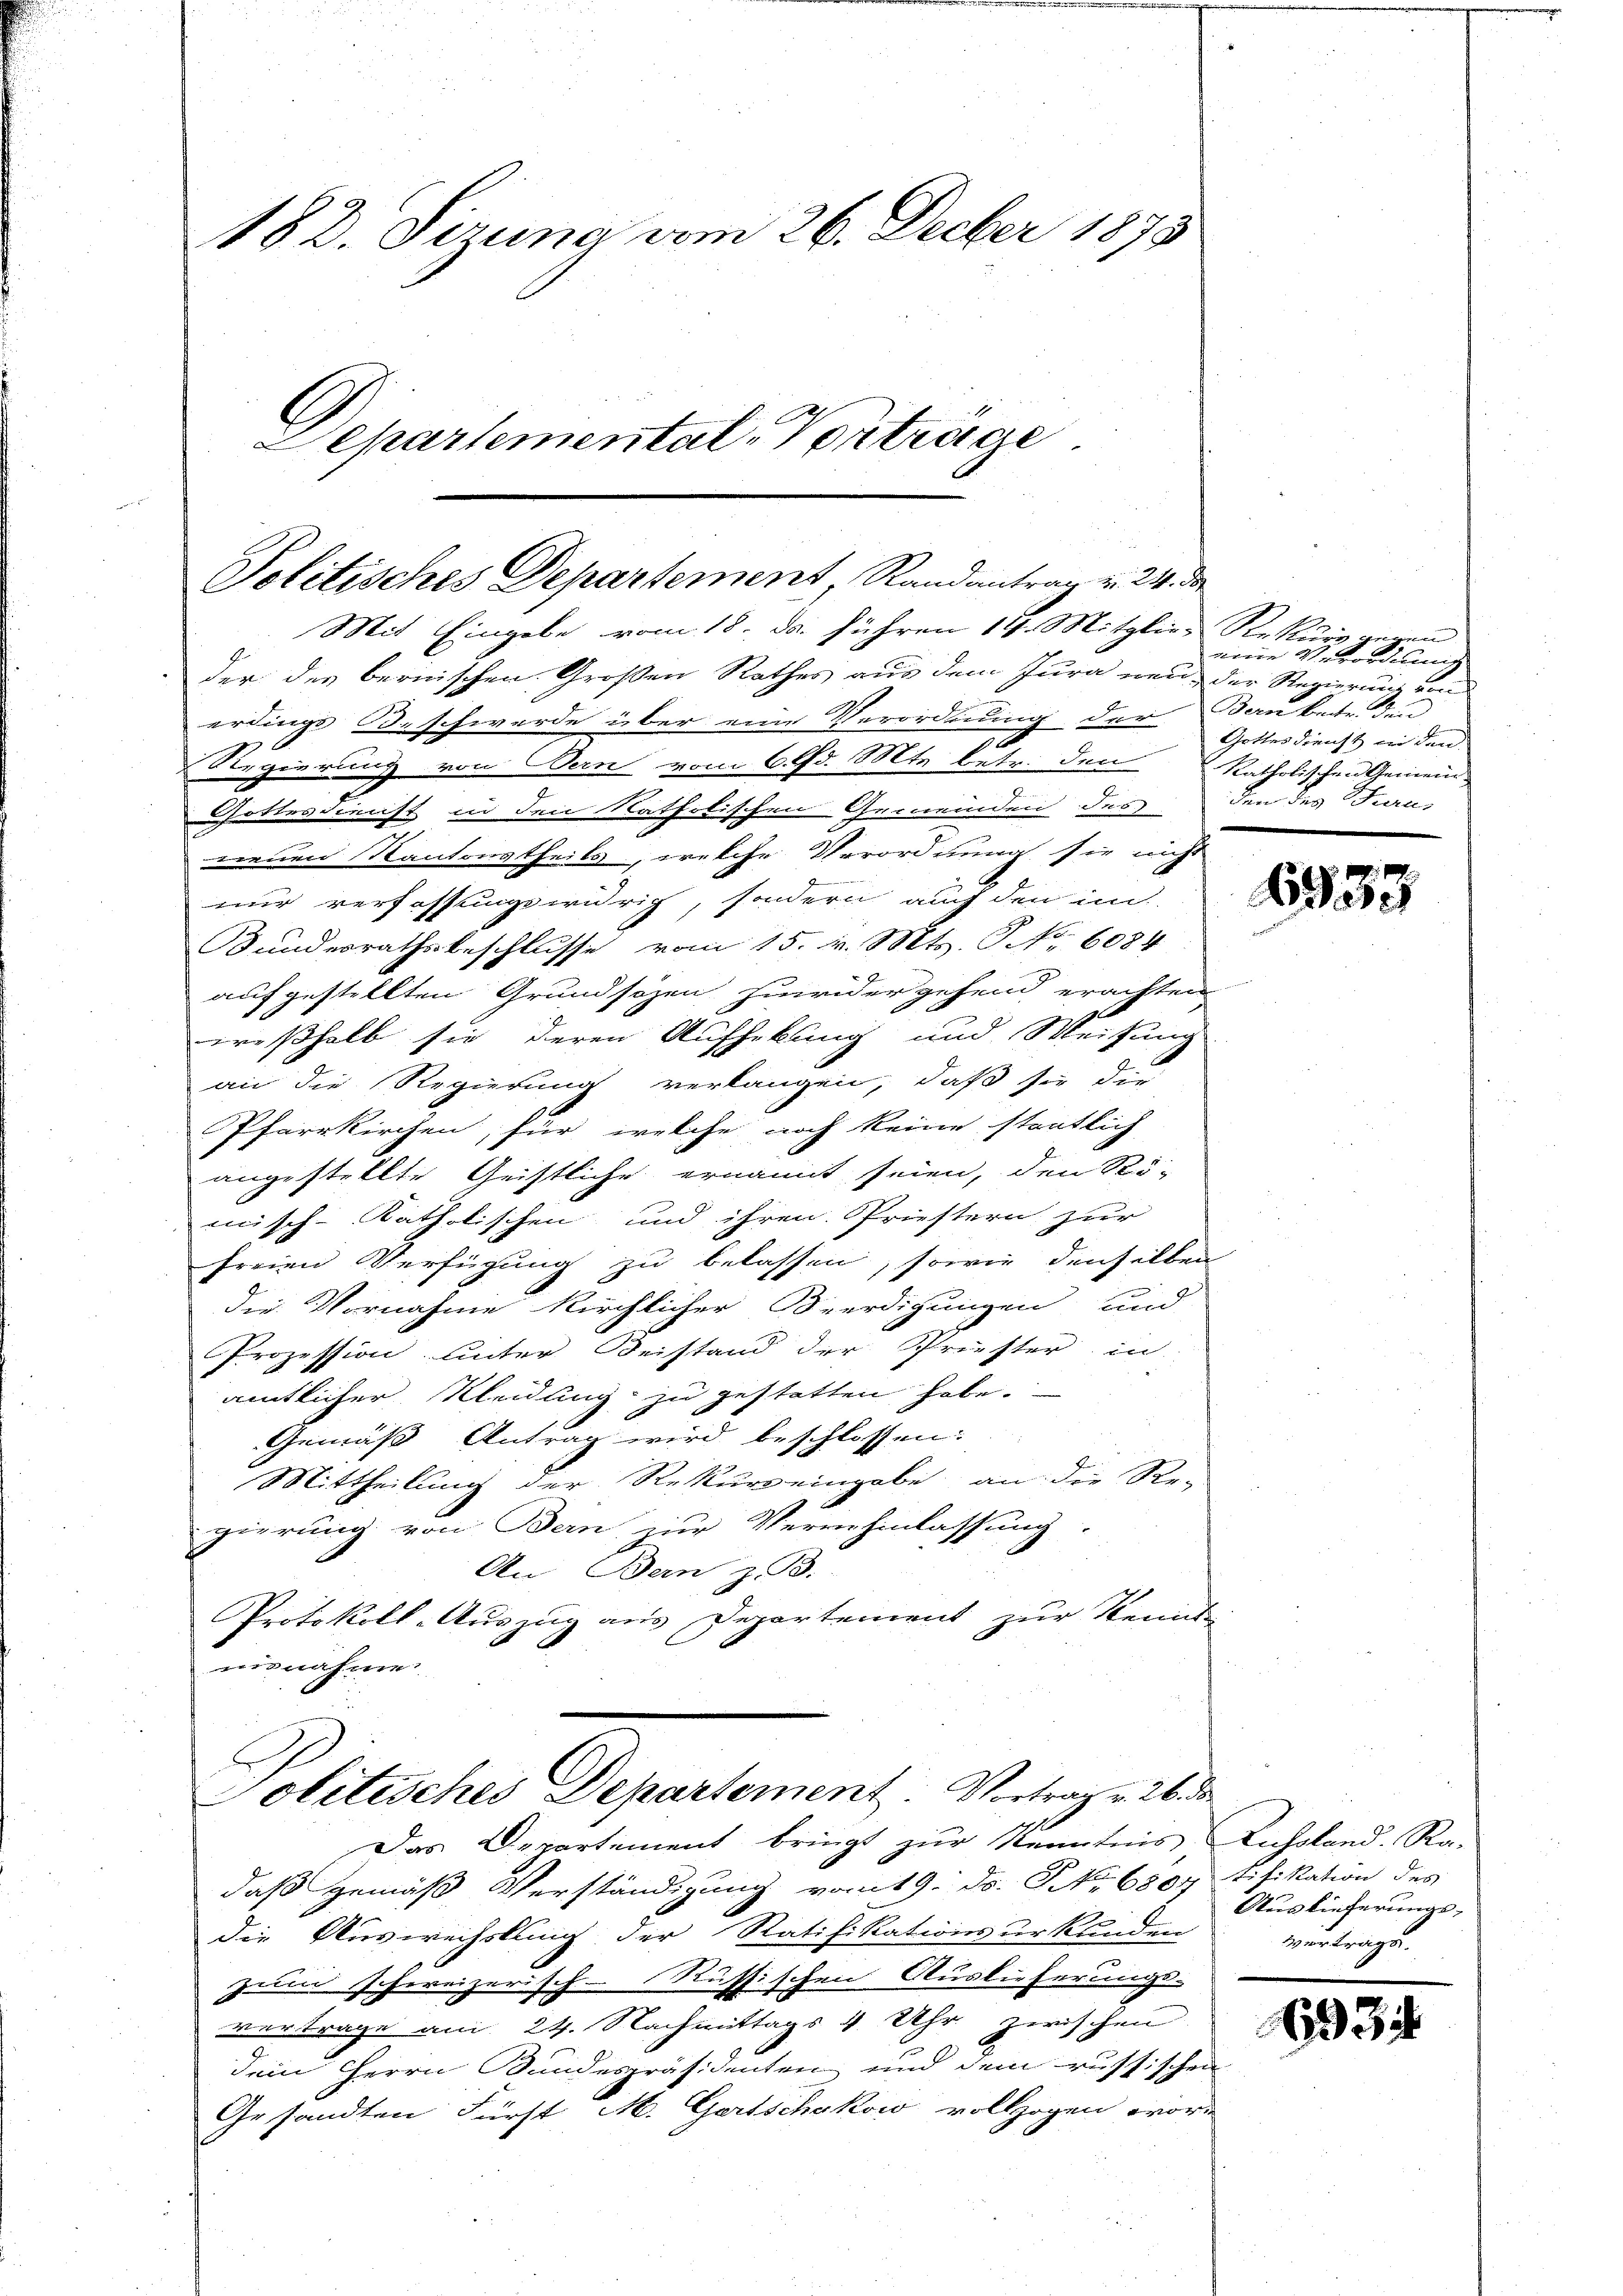
182. Sizung vom 26. Decber 1873
Separtemental-Vorträge

Mit Eingabe vom 18. ds. führen 14. Mitglie Rekurs gegen
der des bernischen Großen Rathes aus dem Jura neu, der Regierung von
erdings B. schwerde über eine Verordnung der Bern betr. den
Regierung von Bern vom 6. d. Mts. betr. den
Gottesdienst in den katholischen Gemeinden des den des Frau,
neuen Kantonstheils, welche Verordnung sie nicht
nur verfassungswidrig, sondern auch den im
Bundesrathsbeschlusse vom 15. v. Mts. No. 6084
aufgestellten Grundsözen zuwider gehend erachten
weßhalb sie deren Aufhebung und Weisung
an die Regierung verlangen, daß sie die
Pfarrkirchen, für welche noch keine stentlich
angestellte Geistliche ernannt seien, den Rö-
misch-katholischen und ihren Priestern zur
freien Verfügung zu belassen, sowie denselben
die Vornahme kirchlicher Beerdigungen und
Prozession unter Beistand der Priester in
amtlicher Kleidung zu gestatten habe.
Gemäß Antrag wird beschlossen:
Mittheilung der Rekurs eingabe an die Re-
gierung von Bern zur Vernehmlassung
An Bern z. B.
Protokoll-Auszug aus Departement zur Kennt
nisnahme

Das Departement bringt zur Kenntnis Insoland. Ra-
daß gemäß Verständigung vom 19. ds. S. 6804 tifikation des
die Auswechslung der Ratifikationsurkunden
zum schweizerisch-Russischen Auslieferungs-
vertrage am 24. Nachmittags 4 Uhr zwischen
dem Herrn Bundespräsidenten und dem russischen
Gesandten Fürst M. Gertschakow vollzogen worin

Politisches Departement, Randantrag v. 24. da

Politisches Departement: Vortrag v. 26. de

eine Verordnung
Gottesdienst in den
katholischen Gemein¬

6933

Auslieferungs-
Vertrags

693.